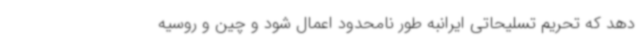
دهد که تحریم تسلیحاتی ایرانبه طور نامحدود اعمال شود و چین و روسیه